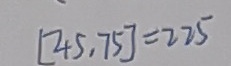
[ 4 5 , 7 5 ] = 2 2 5